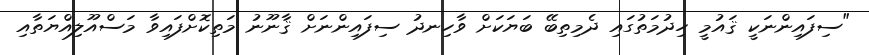
"ސިފައިންނަކީ ޤައުމީ ހިދުމަތުގައި ދެމިތިބޭ ބަޔަކަށް ވާހިނދު ސިފައިންނަށް ޤާނޫނު މަތިކޮށްފައިވާ މަސްއޫލިއްޔަތާއި